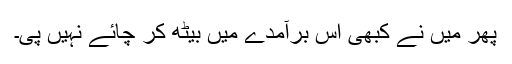
پھر میں نے کبھی اس برآمدے میں بیٹھ کر چائے نہیں پی۔